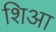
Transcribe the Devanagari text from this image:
शिआ